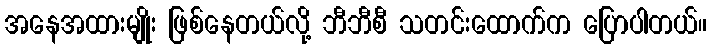
အနေအထားမျိုး ဖြစ်နေတယ်လို့ ဘီဘီစီ သတင်းထောက်က ပြောပါတယ်။